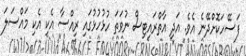
ފަސޭހަކޮށްދޭނެ އެވެ. އަދި އާތްރައިޓިސް ނުވަތަ ހުޅުހުޅުގައި ރިއްސާ އެކި އެކި މައްސަލަ